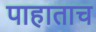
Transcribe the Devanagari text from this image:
पाहाताच